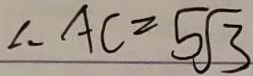
\therefore A C = 5 \sqrt { 3 }